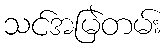
သင်အမြဲတမ်း